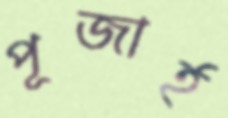
পূজার্হ